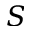
S